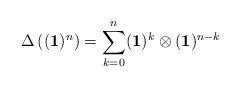
LaTeX: \begin{align*}\Delta \left((\mathbf{1})^n\right)=\sum_{k=0}^n (\mathbf{1})^k\otimes(\mathbf{1})^{n-k}\end{align*}